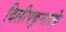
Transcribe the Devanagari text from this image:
दिलीपकुमारके